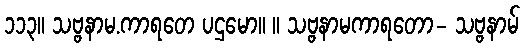
၁၁၃။ သဗ္ဗနာမ.ကာရတေ ပဌမော။ ။ သဗ္ဗနာမကာရတော- သဗ္ဗနာမ်